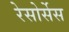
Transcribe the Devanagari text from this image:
रेसोर्सेस